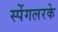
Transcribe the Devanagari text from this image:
स्पेंगलरके